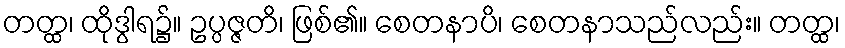
တတ္ထ၊ ထိုဒွါရ၌။ ဥပ္ပဇ္ဇတိ၊ ဖြစ်၏။ စေတနာပိ၊ စေတနာသည်လည်း။ တတ္ထ၊